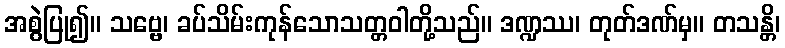
အစွဲပြု၍။ သဗ္ဗေ၊ ခပ်သိမ်းကုန်သောသတ္တဝါတို့သည်။ ဒဏ္ဍဿ၊ တုတ်ဒဏ်မှ။ တသန္တိ၊